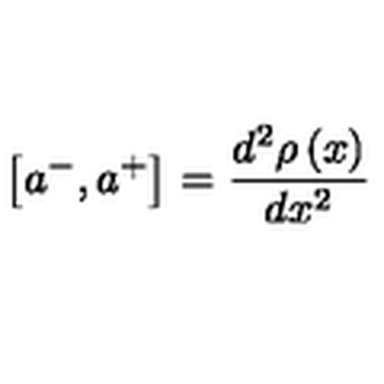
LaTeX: \left[ a ^ { - } , a ^ { + } \right] = \frac { d ^ { 2 } \rho \left( x \right) } { d x ^ { 2 } }